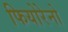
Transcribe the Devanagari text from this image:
फियोरेनो